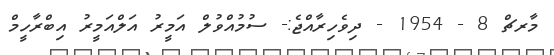
މާރޗް 8 - 1954 - ދިވެހިރާއްޖެ:- ސުމުއްވުލް އަމީރު އަލްއަމީރު އިބްރާހީމް